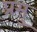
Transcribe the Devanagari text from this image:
प्रमु